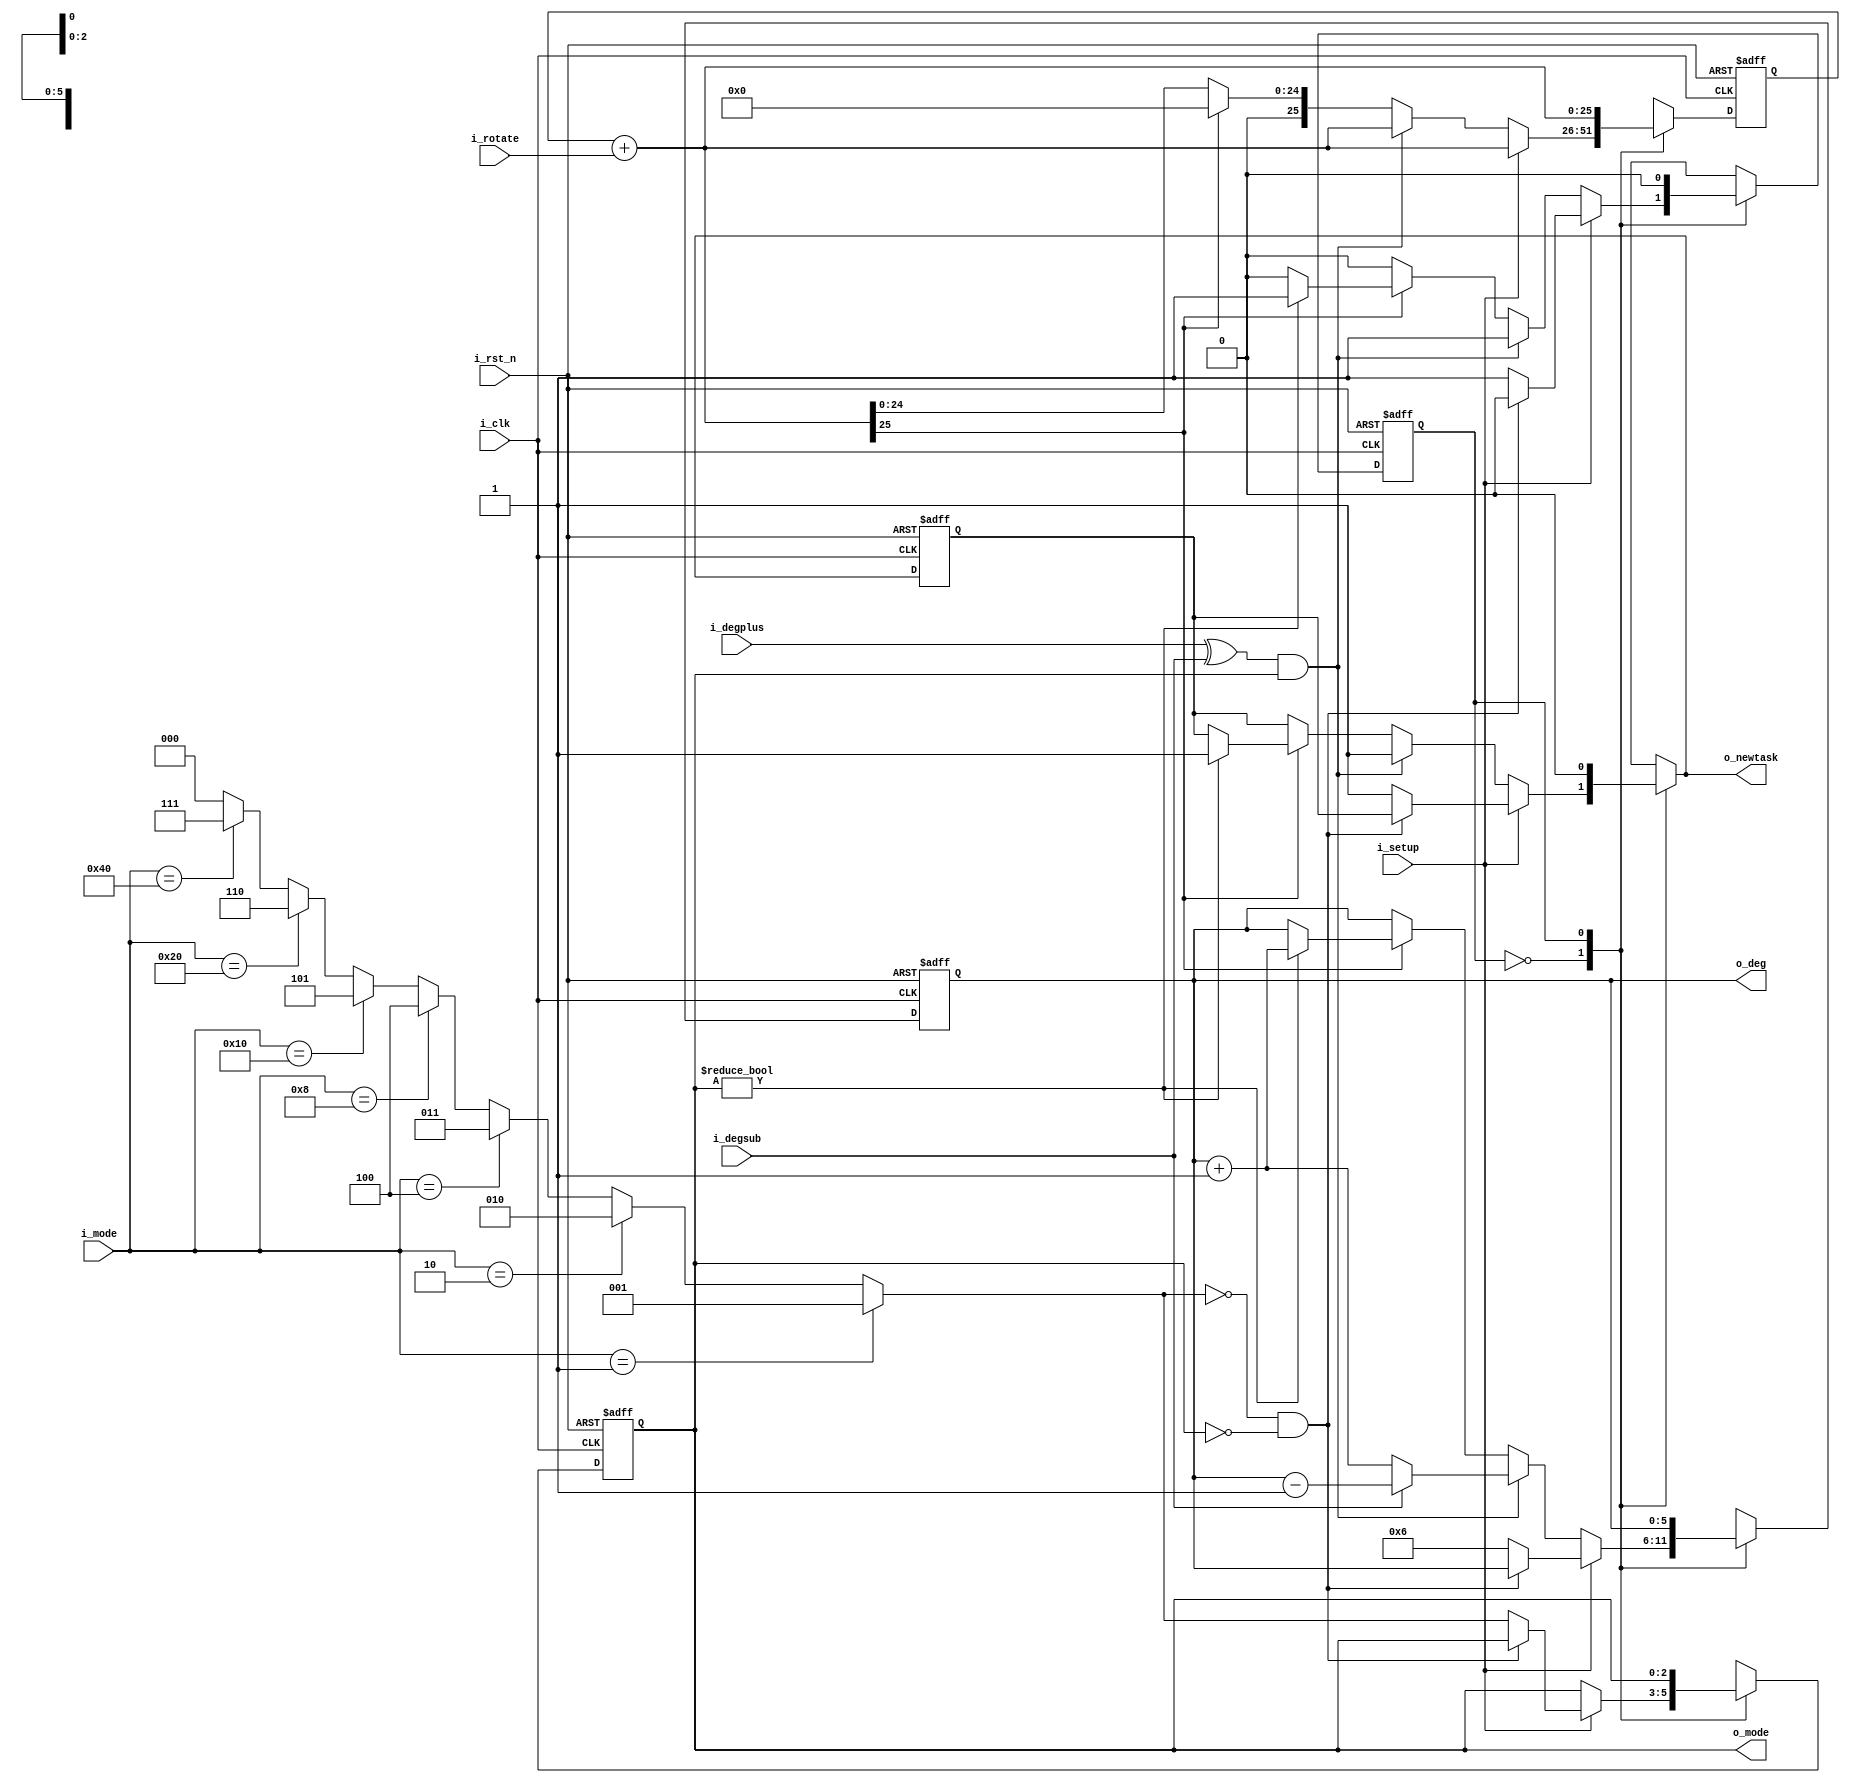
module Top (
    input         i_clk,
    input         i_rst_n,
    input  [6:0]  i_mode,
    input         i_setup,
    input         i_degplus,
    input         i_degsub,
    input  [2:0]  i_rotate,
    output [5:0]  o_deg,
    output [2:0]  o_mode,
    output        o_newtask
);

	reg  [2:0]  mode, mode_nxt;
	reg  [5:0]  deg, deg_nxt;
    reg         newtask, newtask_nxt;
    reg         state, state_nxt;
    reg  [25:0] counter, counter_nxt;

    assign o_deg     = deg;
    assign o_mode    = mode;
    assign o_newtask = newtask_nxt;
    
    parameter IDLE = 1'b0;
    parameter NEWTASK = 1'b1;

	always @(*)
	begin
        deg_nxt = deg;
        mode_nxt = mode;
        newtask_nxt = newtask;
        state_nxt = state;
        counter_nxt = counter+i_rotate;

        case(state)
            IDLE:
            begin
                if (i_setup)
                begin
                    mode_nxt =  (i_mode == 7'b0000001) ? 3'd1 :
                                (i_mode == 7'b0000010) ? 3'd2 :
                                (i_mode == 7'b0000100) ? 3'd3 :
                                (i_mode == 7'b0001000) ? 3'd4 :
                                (i_mode == 7'b0010000) ? 3'd5 :
                                (i_mode == 7'b0100000) ? 3'd6 :
                                (i_mode == 7'b1000000) ? 3'd7 : 3'd0;
                    if (!(mode_nxt) && !(mode))
                        mode_nxt = mode;
                    else
                    begin
                        deg_nxt  = 6'd6;
                        state_nxt = NEWTASK;
                        newtask_nxt = 1'b1;
                    end
                end
                else if ((i_degplus^i_degsub) && mode)
                begin
                    if (i_degsub)
                        deg_nxt = deg - 1'b1;
                    else
                        deg_nxt = deg + 1'b1;
                    state_nxt = NEWTASK;
                    newtask_nxt = 1'b1;
                end
                else if (counter_nxt[25])
                begin
                    counter_nxt = 26'b0;
                    if (mode)
                    begin
                        deg_nxt = deg + 1'b1;
                        state_nxt = NEWTASK;
                        newtask_nxt = 1'b1;
                    end
                end
            end
            
            NEWTASK:
            begin
                state_nxt = IDLE;
                newtask_nxt = 1'b0;
            end
        endcase
    end

	always @(posedge i_clk or negedge i_rst_n)
	begin
		if (!i_rst_n)
		begin
			deg      <= 6'd6;
            mode     <= 3'd0;
            newtask  <= 1'b0;
            state    <= IDLE;
            counter  <= 26'b0;
		end
		else
		begin
			deg     <= deg_nxt;
			mode    <= mode_nxt;
            state   <= state_nxt;
            newtask <= newtask_nxt;
            counter <= counter_nxt;
		end
	end

endmodule